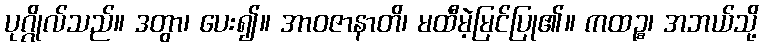
ပုဂ္ဂိုလ်သည်။ ဒတွာ၊ ပေး၍။ အာဝဇာနာတိ၊ မထီမဲ့မြင်ပြု၏။ ကထဉ္စ၊ အဘယ်သို့